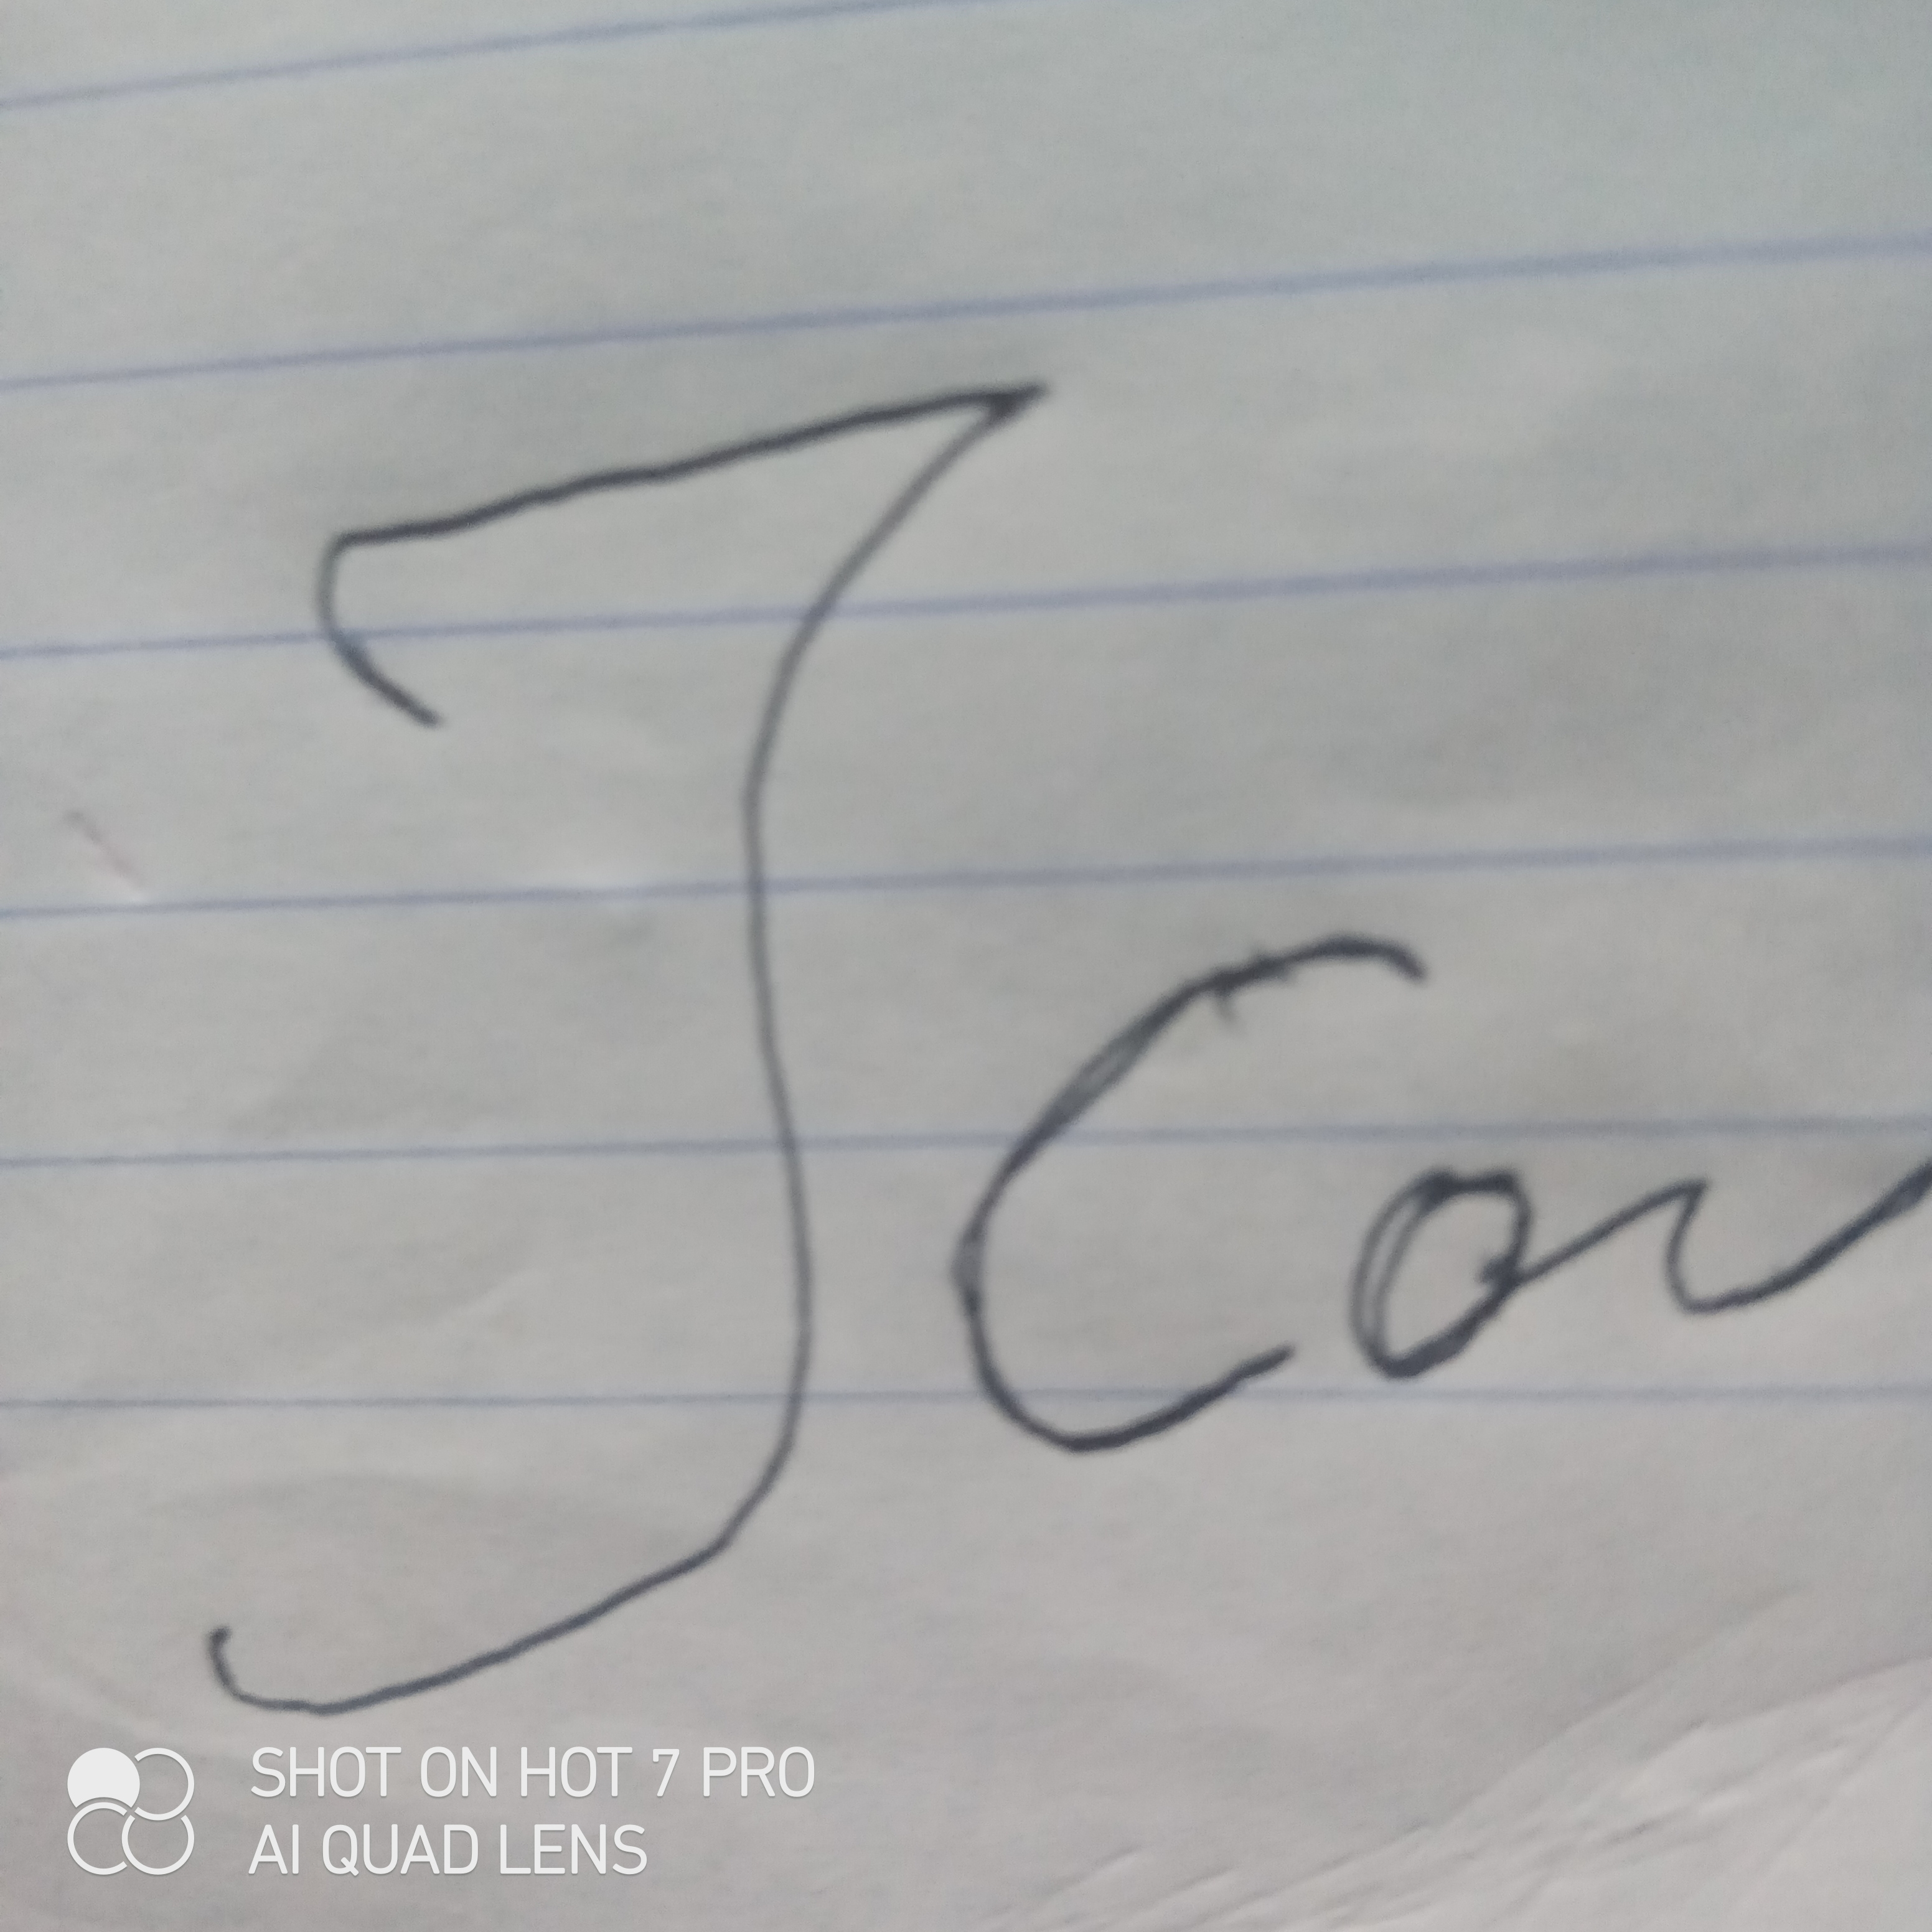
Signature authenticity: forged